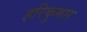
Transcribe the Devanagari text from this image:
हरिकुमार